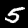
Label: 5